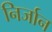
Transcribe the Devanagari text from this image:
निर्जान